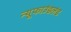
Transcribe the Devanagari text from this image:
न्यूफाउंडलंड